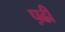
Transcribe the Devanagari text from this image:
प़ढी